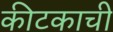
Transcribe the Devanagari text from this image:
कीटकाची